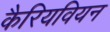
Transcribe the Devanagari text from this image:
कैरियवियन